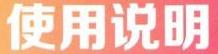
使用说明